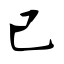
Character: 已